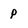
Character: p